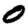
Digit: 0